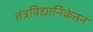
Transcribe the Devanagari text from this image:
तंत्रविद्यानिकेतन